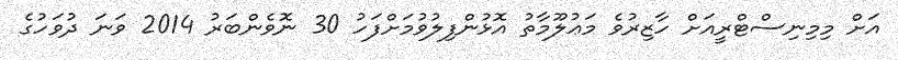
އަށް މިމިނިސްޓްރީއަށް ހާޒިރުވެ މަޢުލޫމާތު އޮޅުންފިލުވުމަށްފަހު 30 ނޮވެންބަރު 2014 ވަނަ ދުވަހުގެ